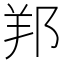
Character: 𨛁